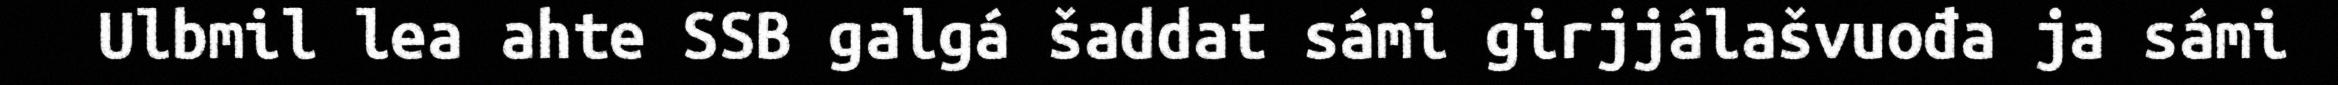
Ulbmil lea ahte SSB galgá šaddat sámi girjjálašvuođa ja sámi